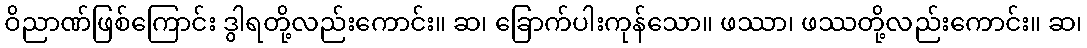
ဝိညာဏ်ဖြစ်ကြောင်း ဒွါရတို့လည်းကောင်း။ ဆ၊ ခြောက်ပါးကုန်သော။ ဖဿာ၊ ဖဿတို့လည်းကောင်း။ ဆ၊